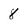
Character: 8